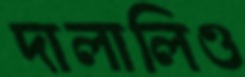
দালালিও